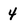
Character: 4